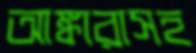
আঙ্কারাসহ